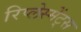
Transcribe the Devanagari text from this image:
रिप्लेस्मेंट्स